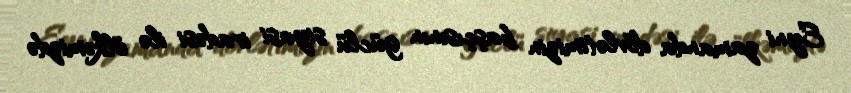
Eyni zamanda dövlətimizin başçısının güclü siyasi iradəsi ilə ölkəmizdə